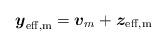
LaTeX: \begin{align*} {\boldsymbol{y}}_{\rm eff,m}=\boldsymbol{v}_{m}+\boldsymbol{z}_{\rm eff,m}\end{align*}